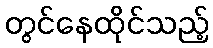
တွင်နေထိုင်သည့်